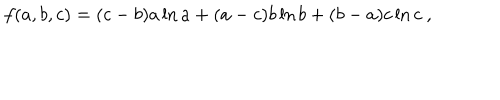
LaTeX: f ( a , b , c ) = ( c - b ) a \ln a + ( a - c ) b \ln b + ( b - a ) c \ln c ~ ,